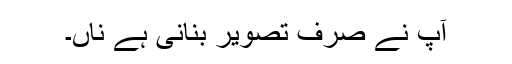
آپ نے صرف تصویر بنانی ہے ناں۔